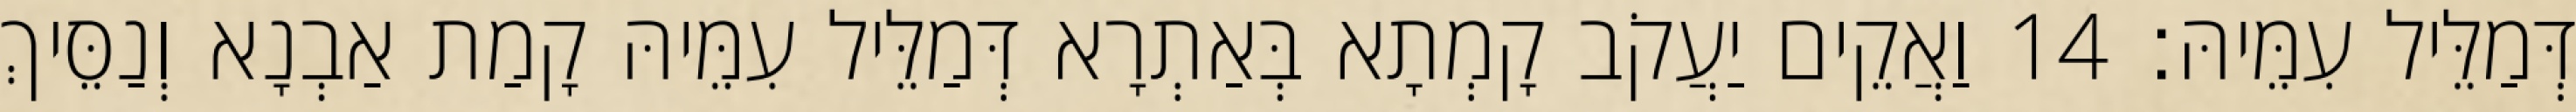
דְּמַלֵּיל עִמֵּיהּ׃ 14 וַאֲקֵים יַעֲקֹב קָמְתָא בְּאַתְרָא דְּמַלֵּיל עִמֵּיהּ קָמַת אַבְנָא וְנַסֵּיךְ